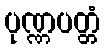
ပုဏ္ဏပတ္တံ